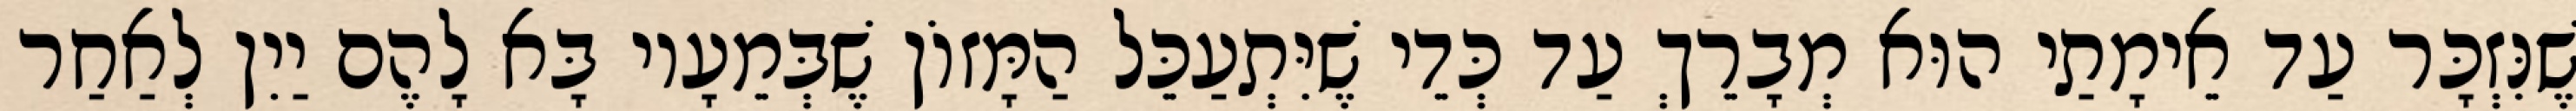
שֶׁנִּזְכָּר עַד אֵימָתַי הוּא מְבָרֵךְ עַד כְּדֵי שֶׁיִּתְעַכֵּל הַמָּזוֹן שֶׁבְּמֵעָיו בָּא לָהֶם יַיִן לְאַחַר